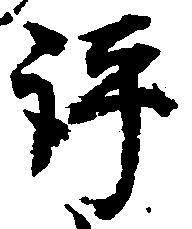
評